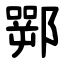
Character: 䣞